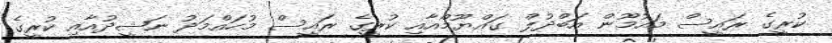
ކުރީގެ ރައީސް މައުމޫން އަބްދުލް ގައްޔޫމްއާއި ކުރީގެ ރައީސް މުހައްމަދު ނަޝީދުއާއި ކުރީގެ